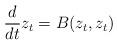
LaTeX: \begin{align*}\frac{d}{dt} z_t = B(z_t,z_t)\end{align*}